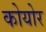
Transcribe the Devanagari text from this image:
कोयोर